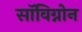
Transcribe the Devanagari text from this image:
सॉविग्नोन